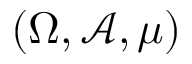
( \Omega , { \mathcal { A } } , \mu )